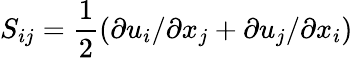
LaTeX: S_{ij}=\frac{1}{2}(\partial{u_{i}}/\partial{x_{j}}+\partial{u_{j}}/\partial{x_{i}})